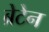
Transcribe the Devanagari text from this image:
ब्रेटेन